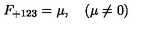
F _ { + 1 2 3 } = \mu , \quad ( \mu \neq 0 )